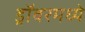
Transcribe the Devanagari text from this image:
ड्रॉवरमध्ये